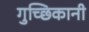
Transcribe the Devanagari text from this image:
गुच्छिकानी